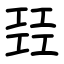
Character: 㠭